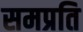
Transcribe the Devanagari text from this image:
समप्रति